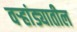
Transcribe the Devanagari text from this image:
वर्‍हांड्यातील